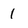
Character: 1